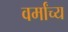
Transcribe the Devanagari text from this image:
वर्मांच्य